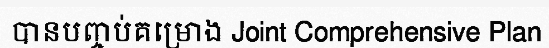
បានបញ្ចប់គម្រោង Joint Comprehensive Plan